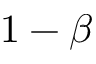
1 - \beta